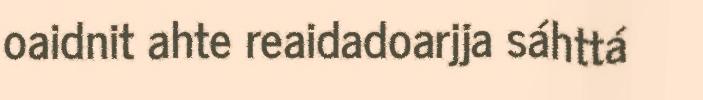
oaidnit ahte reaidadoarjja sáhttá